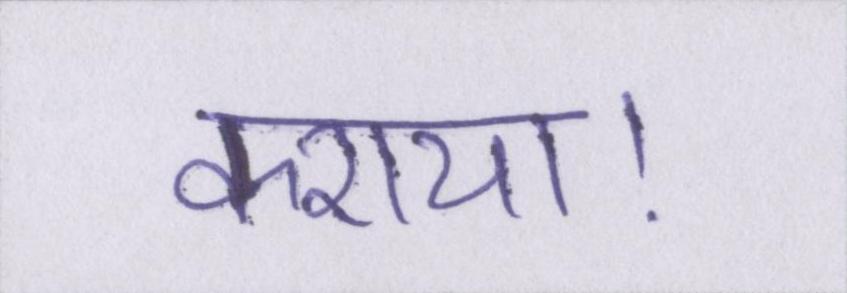
कराया।